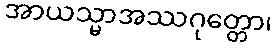
အာယသ္မာအဿဂုတ္တော၊